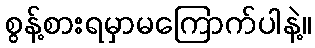
စွန့်စားရမှာမကြောက်ပါနဲ့။